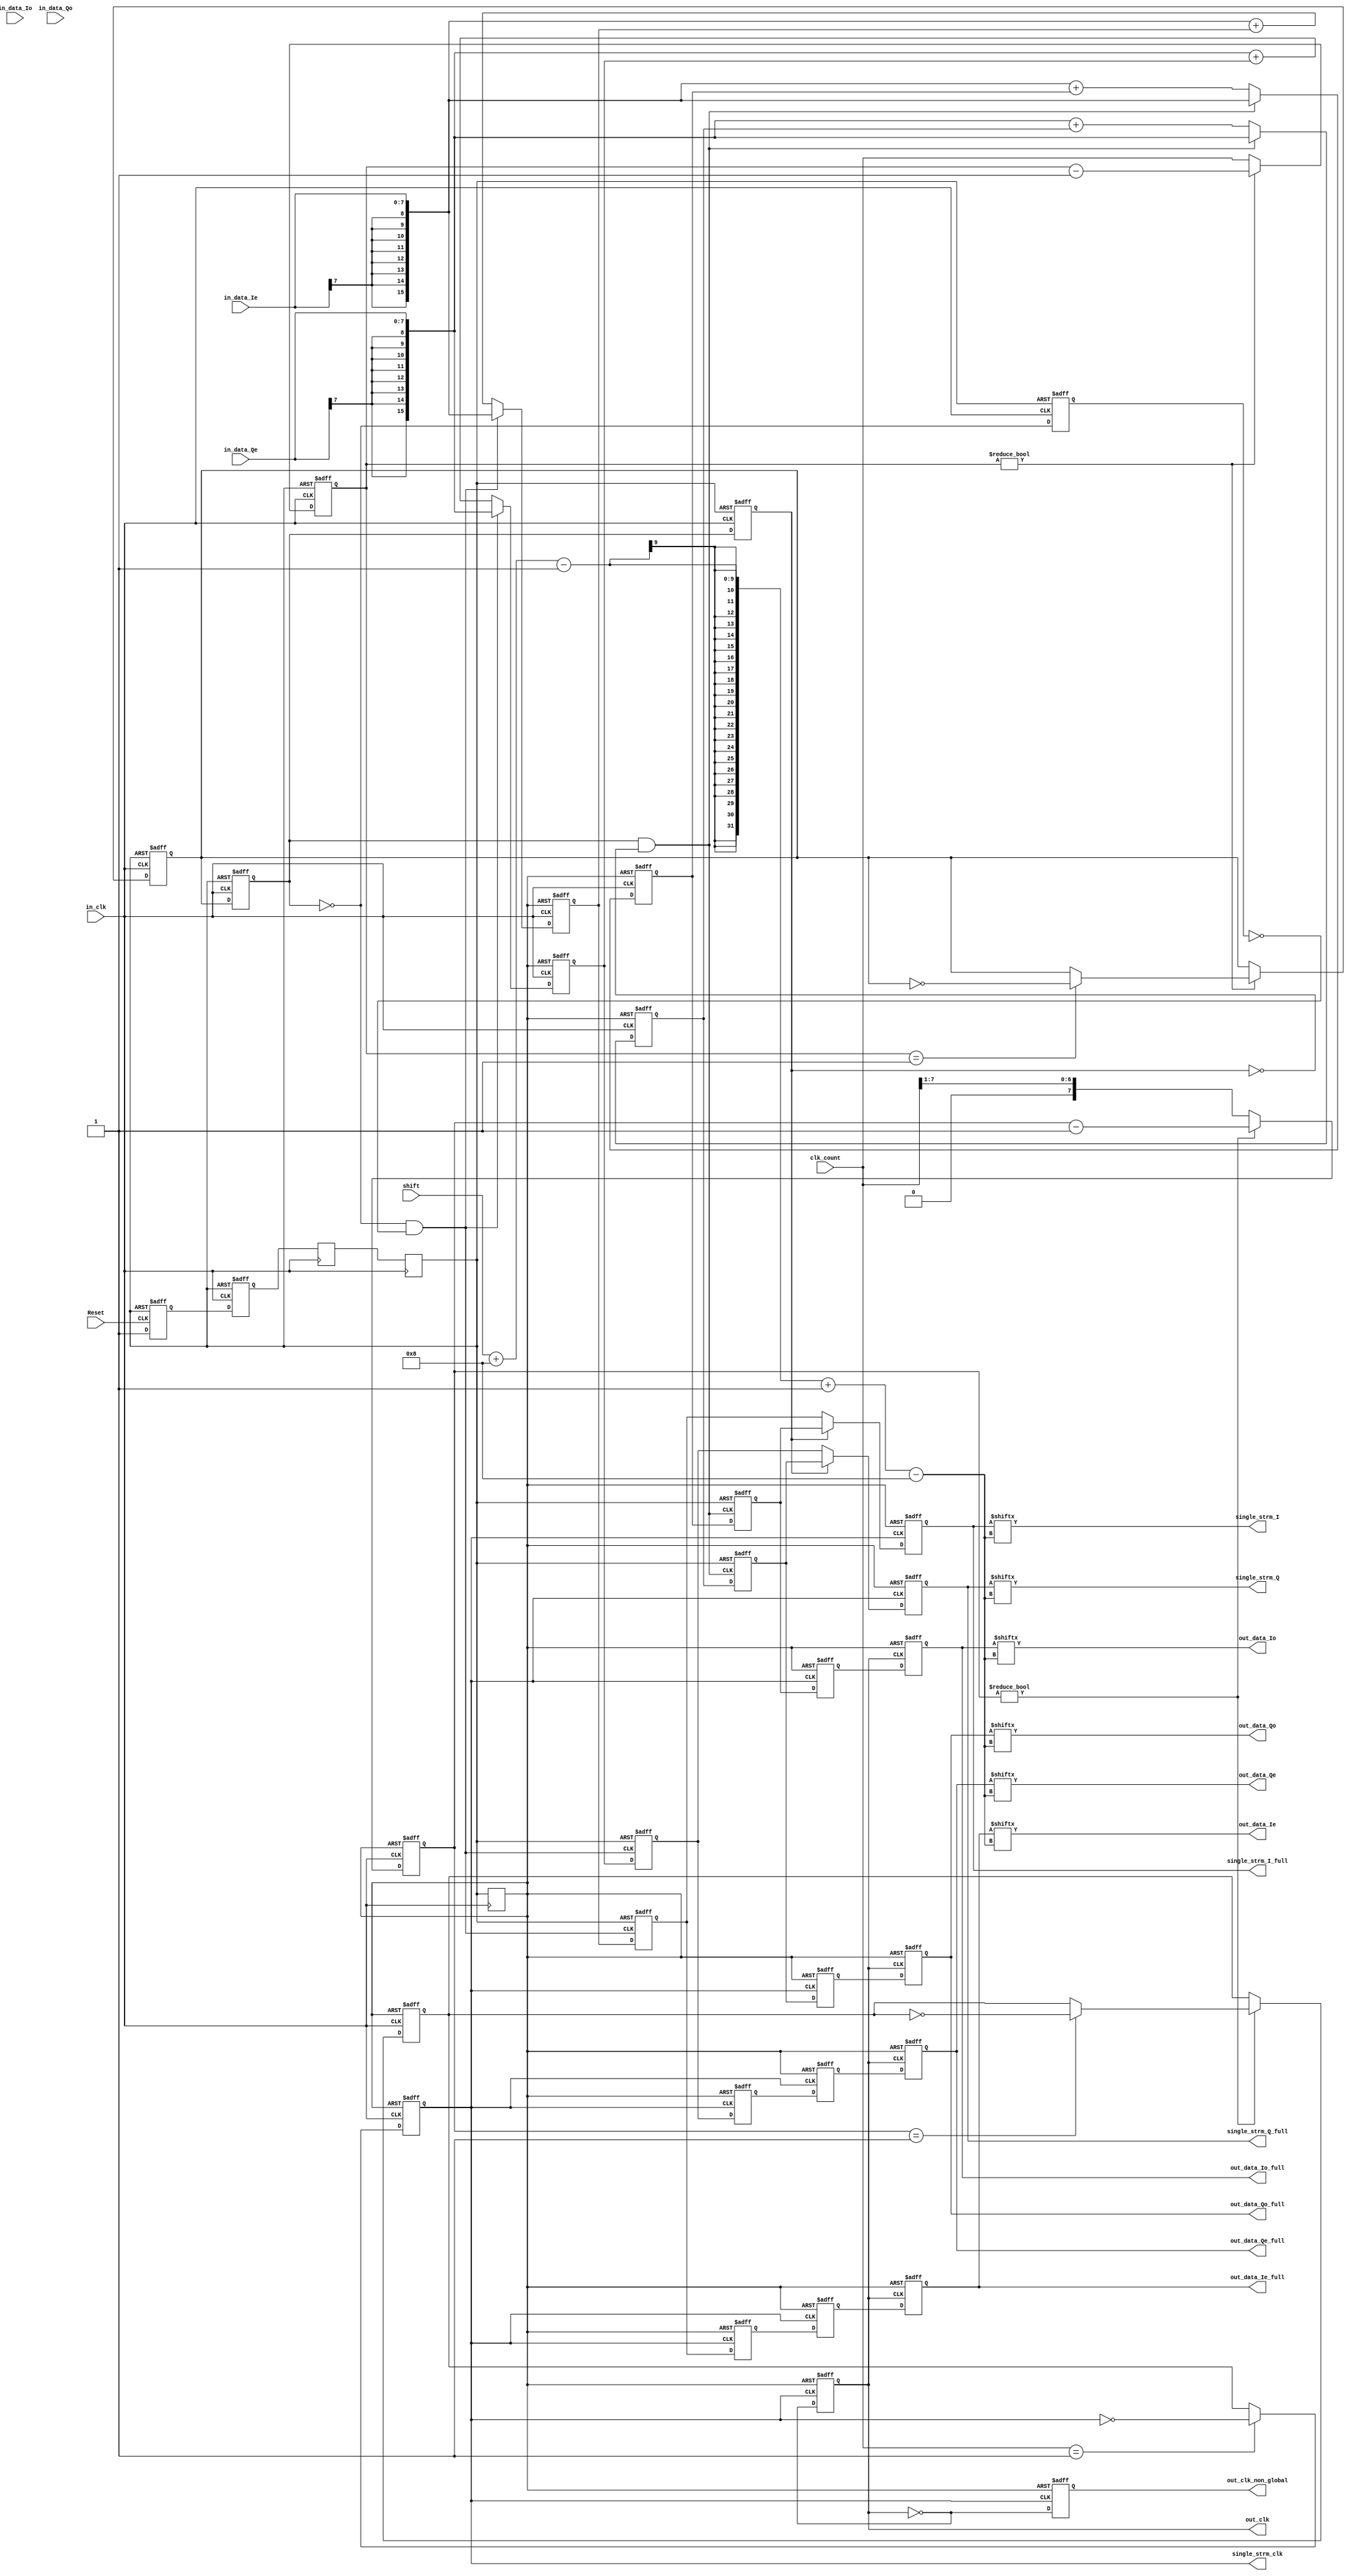
module mod_IQ_dec_filter_w_1strm_parameterized2 #(
parameter num_accumulator_bits=16, 
parameter num_data_bits=8, 
parameter clk_count_num_bits=8,
parameter shift_num_bits = 8)(
						out_data_Io,
						out_data_Ie,
						out_data_Qo,
						out_data_Qe,
						out_clk,
						out_clk_non_global,
						in_data_Ie,
						in_data_Io,
						in_data_Qe,
						in_data_Qo,
						in_clk,
						clk_count,
						Reset,
						shift,
						single_strm_clk,
						single_strm_I,
						single_strm_Q,
						out_data_Ie_full,
						out_data_Io_full,
						out_data_Qe_full,
						out_data_Qo_full, 
						single_strm_I_full, 
						single_strm_Q_full);

localparam sign_extension_bits = num_accumulator_bits-num_data_bits;
// input and output ports - start
output	[num_data_bits-1:0]	out_data_Ie,out_data_Io,out_data_Qe,out_data_Qo, single_strm_I, single_strm_Q;
output	[num_accumulator_bits-1:0]	out_data_Ie_full,out_data_Io_full,out_data_Qe_full,out_data_Qo_full, single_strm_I_full, single_strm_Q_full;
output			out_clk,out_clk_non_global,single_strm_clk;
input [clk_count_num_bits-1:0] clk_count;
input [shift_num_bits-1:0] shift;
input	[num_data_bits-1:0]	in_data_Ie,in_data_Io,in_data_Qe,in_data_Qo;
input			in_clk,Reset;
// input and output ports - end 

wire[num_accumulator_bits-1:0] current_I_1strm_sample, current_Q_1strm_sample;
wire current_sample_is_even;


reg 	[num_accumulator_bits-1:0]	sumreg1_out,sumreg2_out,sumreg3_out,sumreg4_out,mux1_reg,mux2_reg,mux3_reg,mux4_reg,
			    c_out_data1,c_out_data1_temp,c_out_data2,c_out_data2_temp,c_out_data3,c_out_data3_temp,
				 c_out_data4,c_out_data4_temp, single_strm_I_reg, single_strm_Q_reg; 
reg		[clk_count_num_bits-1:0]	down_count_reg,down_count2_reg;
reg				tiqc_reg_temp,tiqc_reg2_temp,tiqc_reg,tiqc2_reg /*synthesis syn_noclockbuf=1*/ ;
reg				out_clk1_late,out_clk2_late;
reg 		    out_clk /* synthesis syn_preserve = 1 */;
reg 		    out_clk_non_global /* synthesis syn_preserve = 1 */;


wire	[num_accumulator_bits-1:0]	mux1_out,mux2_out,mux3_out,mux4_out,sum1_out,sum2_out,sum3_out,sum4_out;
wire	[num_data_bits-1:0]	single_strm_I, single_strm_Q, in_data_Ie,in_data_Io,in_data_Qe,in_data_Qo,out_data_Ie,out_data_Io,out_data_Qe,out_data_Qo;
wire			in_clk,Reset;
wire			out_clk1_early,out_clk2_early;
wire			mux_ctl1,mux_ctl2,div_m_clk;
reg [num_accumulator_bits-1:0]      delay_out_data2, delay_out_data4;

reg			    reset_capture,reset_sync1,reset_sync2,reset_sync3,reset_negedge_sync;
wire 			clr_reset_capture;
wire			actual_reset_signal;
wire			actual_negedge_reset_signal;



assign out_data_Io = c_out_data1[shift+num_data_bits-1 -: num_data_bits];
assign out_data_Ie = c_out_data2[shift+num_data_bits-1 -: num_data_bits];
assign out_data_Qo = c_out_data3[shift+num_data_bits-1 -: num_data_bits];
assign out_data_Qe = c_out_data4[shift+num_data_bits-1 -: num_data_bits];

assign single_strm_clk = !div_m_clk;

assign single_strm_I = single_strm_I_reg[shift+num_data_bits-1 -: num_data_bits];
assign single_strm_Q = single_strm_Q_reg[shift+num_data_bits-1 -: num_data_bits];

assign out_data_Ie_full   = c_out_data2;
assign out_data_Io_full   = c_out_data1;
assign out_data_Qe_full   = c_out_data4;
assign out_data_Qo_full   = c_out_data3;
assign single_strm_I_full = single_strm_I_reg;
assign single_strm_Q_full = single_strm_Q_reg;

// We need to create a 1/2 duty cycle clock for the div_m_clock
//   so we made a new down_couter
assign div_m_clk = ~tiqc2_reg;


assign mux_ctl1 = out_clk1_early && ~out_clk1_late;
assign mux_ctl2 = out_clk2_early && ~out_clk2_late;


wire[num_accumulator_bits-1:0] sign_extended_Ie, sign_extended_Qe,sum1_out_old,sum2_out_old,sum3_out_old,sum4_out_old;
wire[num_accumulator_bits-1:0] sum1_out_new,sum2_out_new,sum3_out_new,sum4_out_new;

assign sign_extended_Ie = {{sign_extension_bits{in_data_Ie[num_data_bits-1]}},in_data_Ie[num_data_bits-1:0]};
assign sign_extended_Qe = {{sign_extension_bits{in_data_Qe[num_data_bits-1]}},in_data_Qe[num_data_bits-1:0]};


// Remove commenting of following for simulation
assign sum1_out_old = sign_extended_Ie + sumreg1_out;
assign sum2_out_old = sign_extended_Ie + sumreg2_out;
assign sum3_out_old = sign_extended_Qe + sumreg3_out;
assign sum4_out_old = sign_extended_Qe + sumreg4_out;

assign sum1_out_new = sign_extended_Ie;
assign sum2_out_new = sign_extended_Ie;
assign sum3_out_new = sign_extended_Qe;
assign sum4_out_new = sign_extended_Qe;

assign sum1_out = mux_ctl1 ? sum1_out_new : sum1_out_old;
assign sum2_out = mux_ctl2 ? sum2_out_new : sum2_out_old;
assign sum3_out = mux_ctl1 ? sum3_out_new : sum3_out_old;
assign sum4_out = mux_ctl2 ? sum4_out_new : sum4_out_old;

//  The following section contains the Down Counter and CLOCKS creation
//	We use duble buffering so that there will be no glitch, when the counter
///	is changing from 0000,0010 -> 0000,0001 there can be a split moment that the 
//	counter changes to 0000,0000 and TC_reg will be activated.

assign out_clk1_early = tiqc_reg;
assign out_clk2_early = ~tiqc_reg;

always @(negedge in_clk or negedge actual_reset_signal)
		if (!actual_reset_signal) begin
			down_count_reg 	<= 0;
			tiqc_reg 			<= 1'h0;
			tiqc_reg_temp		<= 1'h0;  
			out_clk1_late	<= 1'h0;
			out_clk2_late	<= 1'h0;
		end else begin 
			if (down_count_reg != 0) begin 				// Down Counter
				down_count_reg <= down_count_reg - 1;	 
				if (down_count_reg == 1)
					tiqc_reg_temp <= !tiqc_reg_temp;
			end else begin
				down_count_reg <= clk_count;
			end
			tiqc_reg <= tiqc_reg_temp;

			out_clk1_late <= tiqc_reg;
			out_clk2_late <= ~tiqc_reg;
	
		end



/* Create out_data1 register clock enable */
always @(posedge in_clk or negedge actual_negedge_reset_signal)
	if (!actual_negedge_reset_signal) begin
		down_count2_reg 	<= 0;
		tiqc_reg2_temp		<= 1'h0;  
		tiqc2_reg			<= 1'h0;
		sumreg1_out 	<= 0;
		sumreg2_out		<= 0;
		sumreg3_out 	<= 0;
		sumreg4_out		<= 0;

	end	else begin

		if (down_count2_reg != 0) begin 				// Down Counter
			down_count2_reg <= down_count2_reg - 1;	 
			if (down_count2_reg == 1)
				tiqc_reg2_temp <= !tiqc_reg2_temp;
		end else begin
			down_count2_reg <= (clk_count >> 1);
		end
		/* This is here so that the div_M_clock is created on the posedge */

		if (clk_count==1) 
		begin
		    tiqc2_reg <= ~tiqc2_reg;
		end else
		begin
			tiqc2_reg <= tiqc_reg2_temp;
		end
 		//	This small section does not belong to the clock creation, but to the
		//	Sum_Register's
		sumreg1_out <= sum1_out;
		sumreg2_out <= sum2_out;
		sumreg3_out <= sum3_out;
		sumreg4_out <= sum4_out;

	end

/* ------------------------------------------------------------------------- */

always @(posedge mux_ctl1 or negedge actual_reset_signal)
	begin
		if (!actual_reset_signal)
		begin
			mux1_reg <= 0;
			mux3_reg <= 0;
	    end else
		begin
			mux1_reg <= sumreg1_out;
		    mux3_reg <= sumreg3_out;
		end
	end

always @(posedge mux_ctl2 or negedge actual_reset_signal)
	begin
		if (!actual_reset_signal)
		begin
			mux2_reg <= 0;
			mux4_reg <= 0;
		end else
		begin
			mux2_reg <= sumreg2_out;
			mux4_reg <= sumreg4_out;
		end
	end

/* ------------------------------------------------------------------------- */

/* Latch the Data coming from the Mux so that we can send the 
   data out according to the div_m_clk. The data from MUX_OUT_DATA is stable 
   on the nededge of the IN_CLOCK so that when the div_m_clock comes around the
   mux1_reg/mux2_reg is 100% stable */

always @(posedge div_m_clk or negedge actual_negedge_reset_signal)
	begin
		if (!actual_negedge_reset_signal)
        begin
			delay_out_data2 <= 0;
			delay_out_data4 <= 0;
		end else begin
			delay_out_data2 <= mux2_reg;
			delay_out_data4 <= mux4_reg;
		end
	end

assign current_sample_is_even = out_clk1_late;

assign current_I_1strm_sample = current_sample_is_even ? mux1_reg : mux2_reg;

assign current_Q_1strm_sample = current_sample_is_even ? mux3_reg : mux4_reg;




always @(negedge div_m_clk or negedge actual_negedge_reset_signal)
	begin
		if (!actual_negedge_reset_signal) begin
						
			single_strm_I_reg <= 0;
			single_strm_Q_reg <= 0;

		end else begin
				
			single_strm_I_reg <=current_I_1strm_sample;
			single_strm_Q_reg <=current_Q_1strm_sample;
		end
end

always @(posedge div_m_clk or negedge actual_negedge_reset_signal)
	begin
		if (!actual_negedge_reset_signal) begin
			c_out_data1_temp <= 0;
			c_out_data2_temp <= 0;
			c_out_data3_temp <= 0;
			c_out_data4_temp <= 0;
		end else begin
			c_out_data1_temp <= mux1_reg;
			c_out_data2_temp <= delay_out_data2;
			c_out_data3_temp <= mux3_reg;
			c_out_data4_temp <= delay_out_data4;
		end
	end

always @(negedge div_m_clk or negedge actual_negedge_reset_signal)
    begin
    	if (!actual_negedge_reset_signal) begin
    		out_clk <= 0;
			out_clk_non_global <= 0;
		end else
	    begin
	    	out_clk <= !out_clk;
			out_clk_non_global <= !out_clk;
	    end
	end

always @(posedge out_clk or negedge actual_negedge_reset_signal)
    begin
    	if (!actual_negedge_reset_signal) begin
  	 	    c_out_data1 <= 0;
			c_out_data2 <= 0;
			c_out_data3 <= 0;
			c_out_data4 <= 0;
	    end else
	    begin
	        c_out_data1 <= c_out_data1_temp;
			c_out_data2 <= c_out_data2_temp;
			c_out_data3 <= c_out_data3_temp;
			c_out_data4 <= c_out_data4_temp;
	    end
	end

//--------------------------------------------------------------------------------------------------
// Reset Signal Generation

always @(negedge Reset or posedge clr_reset_capture)
begin
	 if (clr_reset_capture)
	 begin
      	 reset_capture <= 1'b0;
	 end else
	 begin
	 	 reset_capture <= 1'b1;
	 end
end



always @(posedge in_clk or posedge clr_reset_capture)
begin
	 if (clr_reset_capture)
	 begin
	 	  reset_sync1 <= 1'b0;
	 end else
	 begin
	 	  reset_sync1 <= reset_capture;
	 end

end



always @(posedge in_clk)
begin
	 reset_sync2 <= reset_sync1;
	 reset_sync3 <= reset_sync2;
end

always @(negedge in_clk)
begin
	 reset_negedge_sync	<= reset_sync3;
end

assign clr_reset_capture = reset_sync3;
assign actual_reset_signal = !reset_sync3;
assign actual_negedge_reset_signal = !reset_negedge_sync;



endmodule